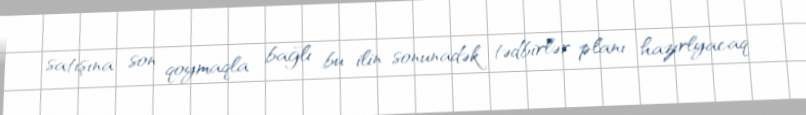
satışına son qoymaqla bağlı bu ilin sonunadək tədbirlər planı hazırlyacaq.